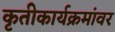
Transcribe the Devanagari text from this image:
कृतीकार्यक्रमांवर